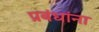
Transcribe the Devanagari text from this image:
प्रबंधांना